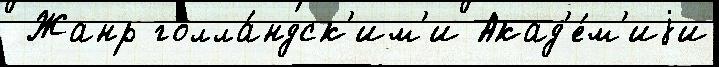
 Жанр голла́ндск'им'и Акад'е́м'иjи